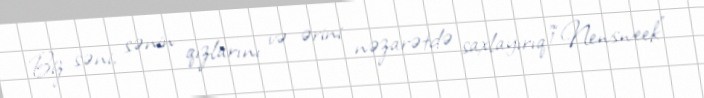
Biz səni, sənin qızlarını və ərini nəzarətdə saxlayırıq!”“Newsweek”